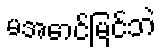
မအောင်မြင်ဘဲ